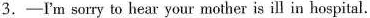
3.-I'm sorry to hear your mother is ill in hospital.